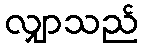
လျှာသည်